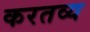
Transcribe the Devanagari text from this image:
करतव्य